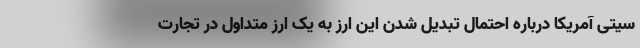
سیتی آمریکا درباره احتمال تبدیل شدن این ارز به یک ارز متداول در تجارت